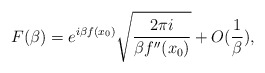
\begin{align*}F(\beta )=e^{i\beta f(x_{0})}\sqrt{\frac{2\pi i}{\beta f''(x_{0})}}+O(\frac{1}{\beta }),\end{align*}